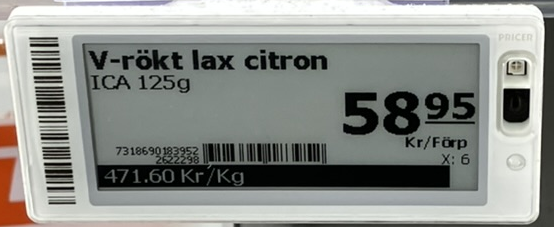
Vara: V-rökt lax citron
Genomsnittspris: 471.60 per kg